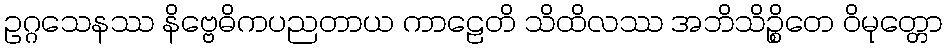
ဥဂ္ဂသေနဿ နိဗ္ဗေဓိကပညတာယ ကာဠေတိ သိထိလဿ အဘိသိဉ္စိတေ ဝိမုတ္တော